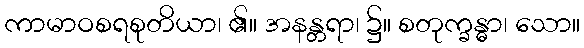
ကာမာဝစရစုတိယာ၊ ၏။ အနန္တရာ၊ ၌။ စတုက္ခန္ဓာ၊ သော။